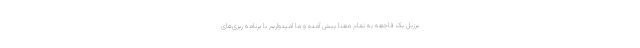
برزیل یک فاجعه به تمام معنا پیش آمده و ما امیدواریم با برنامه ریزی‌های